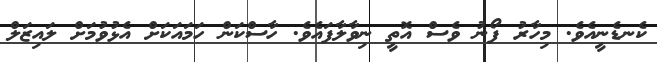
ކެނޑެނީއެވެ. މިހާރު ފޯނު ވެސް އޮތީ ނިވާލާފައެވެ. ހާސްކަން ހަމައަކަށް އެޅުވުމަށް ލައިޒަލް